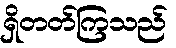
ရှိတတ်ကြသည်